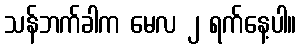
သန်ဘက်ခါက မေလ ၂ ရက်နေ့ပါ။